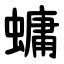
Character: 䗤